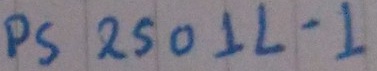
Text: NEC PS2501L